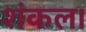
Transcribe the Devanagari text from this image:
शंकल।